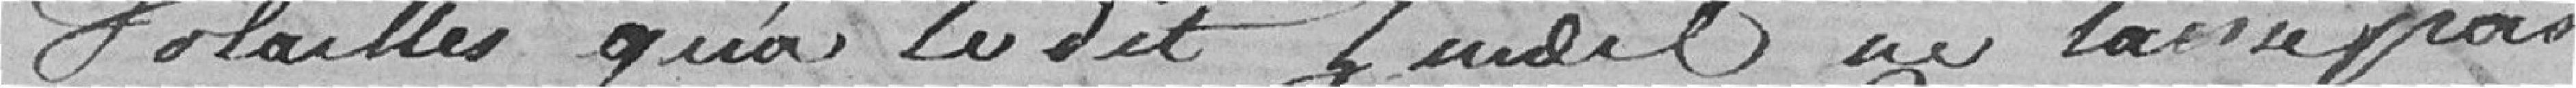
volailles qu'a le dit Zuidel ne laisse pas